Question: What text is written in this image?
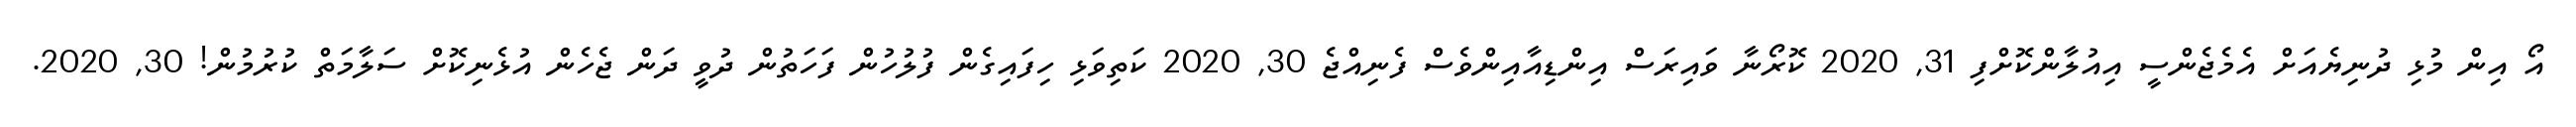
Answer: އޯ އިން މުޅި ދުނިޔެއަށް އެމެޖެންސީ އިއުލާންކޮށްފި 31, 2020 ކޮރޯނާ ވައިރަސް އިންޑިއާއިންވެސް ފެނިއްޖެ 30, 2020 ކަތިވަޅި ހިފައިގެން ފުލުހުން ފަހަތުން ދުވީ ދަން ޖެހެން އުޅެނިކޮށް ސަލާމަތް ކުރުމުން! 30, 2020.